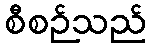
စီစဉ်သည်